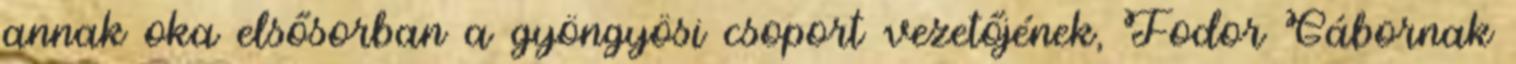
annak oka elsősorban a gyöngyösi csoport vezetőjének, Fodor Gábornak